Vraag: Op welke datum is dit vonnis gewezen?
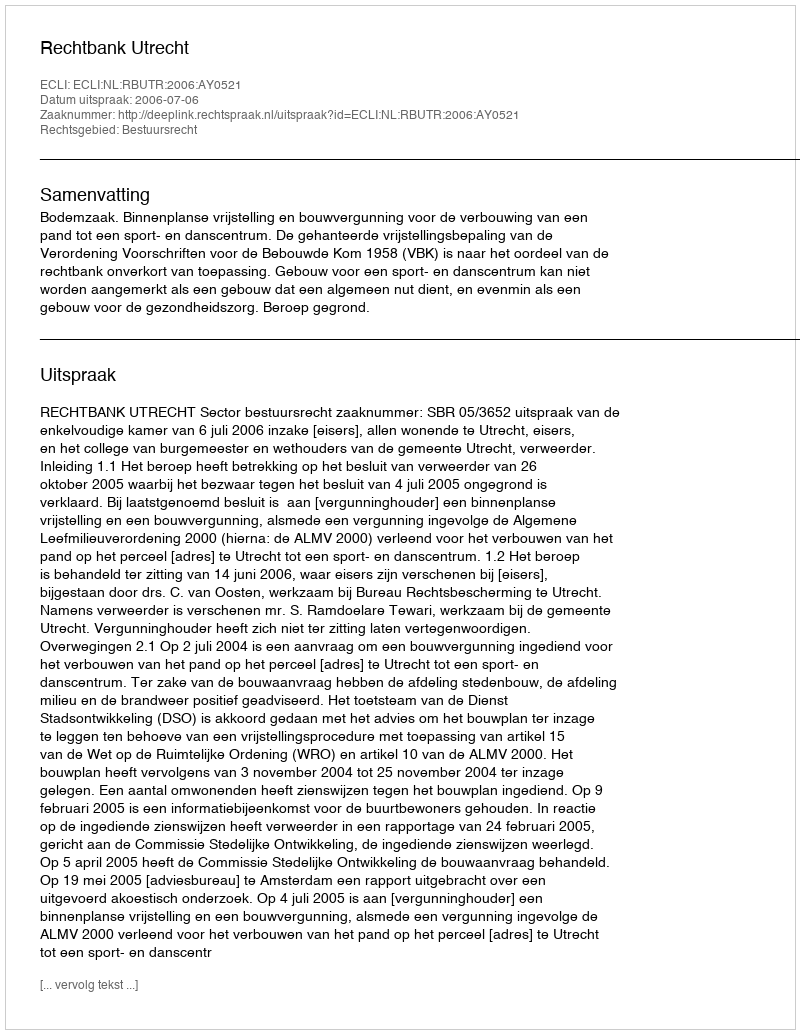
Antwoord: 2006-07-06